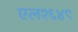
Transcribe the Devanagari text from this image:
एल१६४९